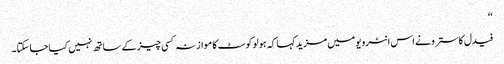
‘‘
فیدل کاسترو نے اس انٹرویو میں مزید کہا کہ ہولو کوسٹ کا موازنہ کسی چیز کے ساتھ نہیں کیا جا سکتا۔